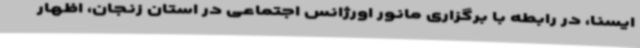
ایسنا، در رابطه با برگزاری مانور اورژانس اجتماعی در استان زنجان، اظهار